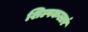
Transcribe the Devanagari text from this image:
शिल्पकलाएं